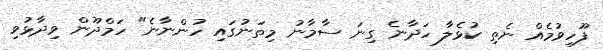
ފޫހިވުމެއް ނެތި ކުޅެލާ ހަދާނެ ގިނަ ސާމާނު މިތަނުގައި ހުންނާނެ" ހަމްދޫން ވިދާޅުވި